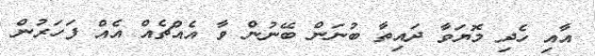
އާއި ހެދި މޮޔަވާ ދައިތާ ބުނަން ބޭނުން ވާ އެއްޗެއް އެއް ފަހަރުން